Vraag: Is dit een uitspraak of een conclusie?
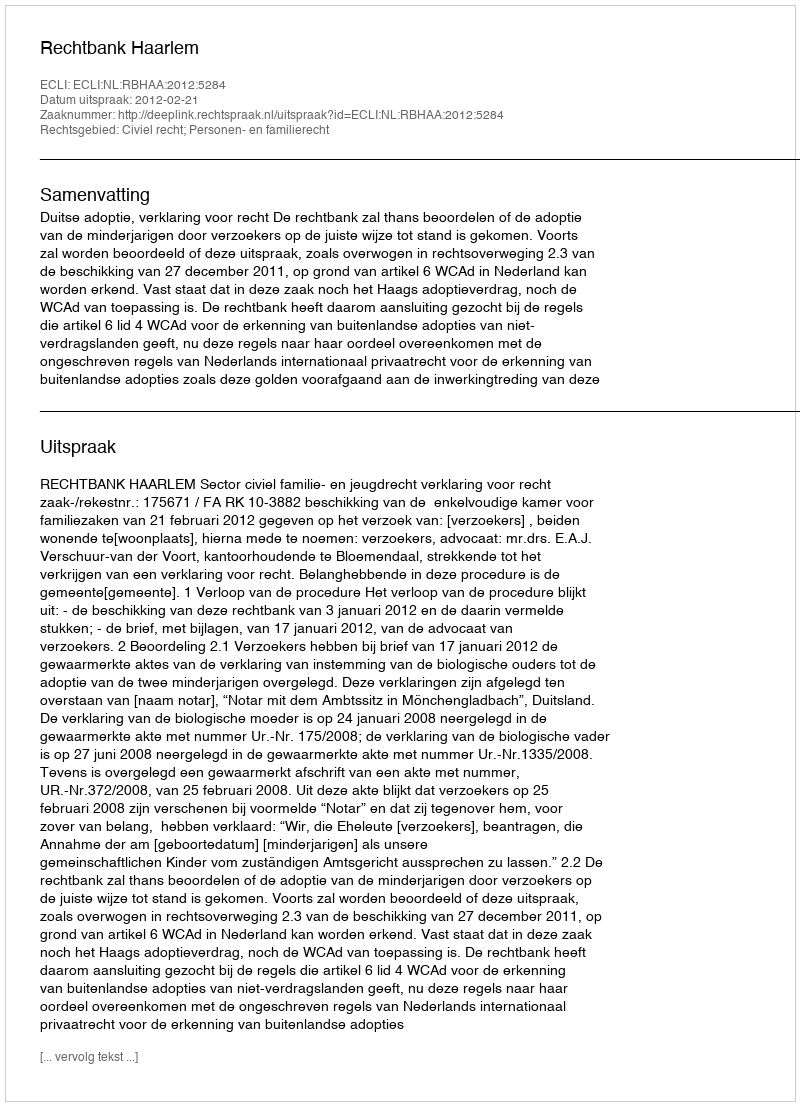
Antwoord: Uitspraak